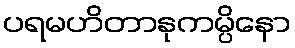
ပရမဟိတာနုကမ္ပိနော